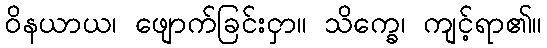
ဝိနယာယ၊ ဖျောက်ခြင်းငှာ။ သိက္ခေ၊ ကျင့်ရာ၏။